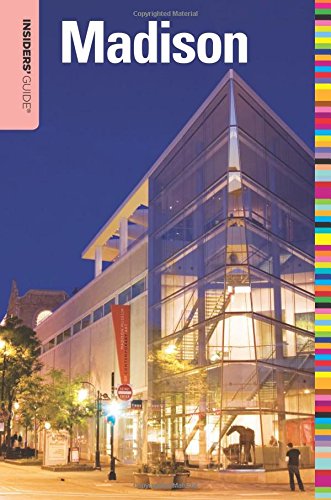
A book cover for Insiders' GuideÂ® to Madison, WI (Insiders' Guide Series); Kevin Revolinski; Travel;